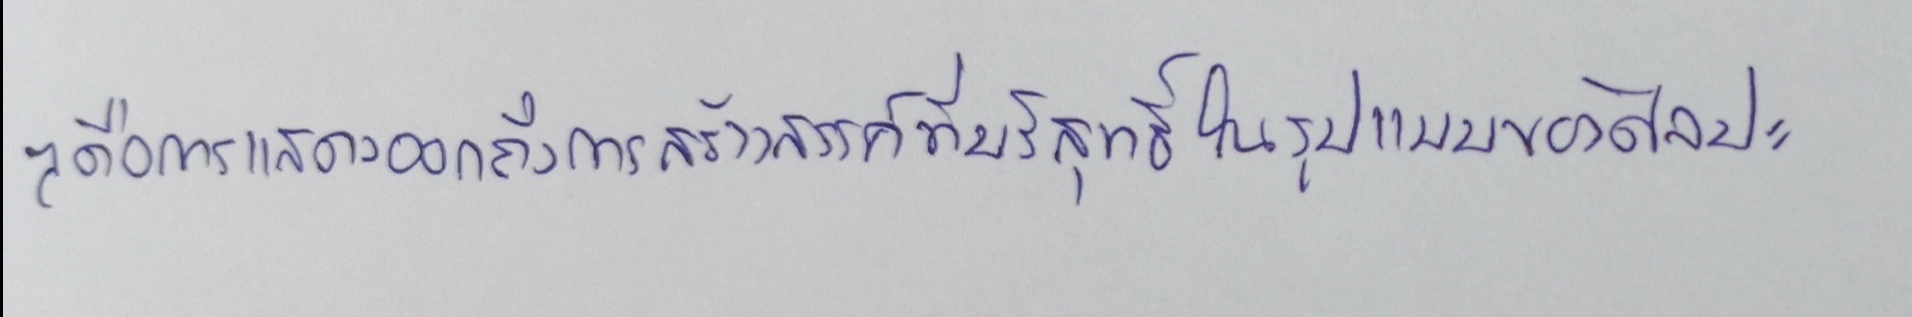
ๆคือการแสดงออกถึงการสร้างสรรค์ที่บริสุทธิ์ในรูปแบบของศิลปะ